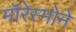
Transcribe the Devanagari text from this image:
मॉरेस्मोने